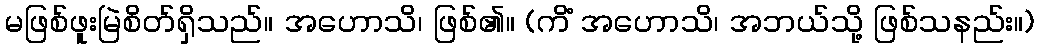
မဖြစ်ဖူးမြဲစိတ်ရှိသည်။ အဟောသိ၊ ဖြစ်၏။ (ကိံ အဟောသိ၊ အဘယ်သို့ ဖြစ်သနည်း။)